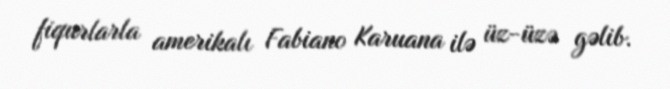
fiqurlarla amerikalı Fabiano Karuana ilə üz-üzə gəlib.